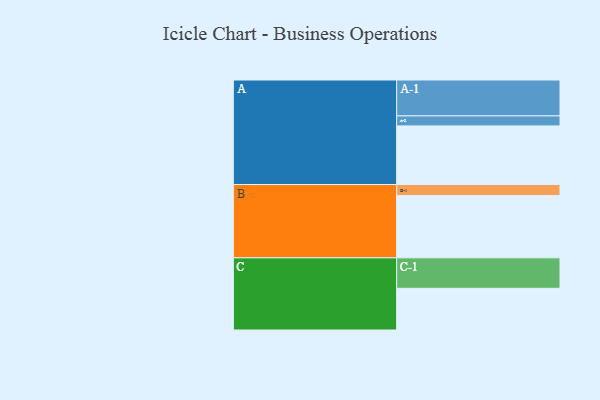
{"axis": {"x": "Segment", "y": "Value"}, "legend": ["", "A", "B", "C"], "data": [{"x": "A", "y": 444, "type": ""}, {"x": "B", "y": 472, "type": ""}, {"x": "C", "y": 316, "type": ""}, {"x": "A-1", "y": 272, "type": "A"}, {"x": "A-2", "y": 76, "type": "A"}, {"x": "B-1", "y": 84, "type": "B"}, {"x": "C-1", "y": 231, "type": "C"}]}